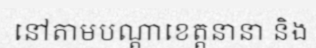
នៅតាមបណ្តាខេត្តនានា និង